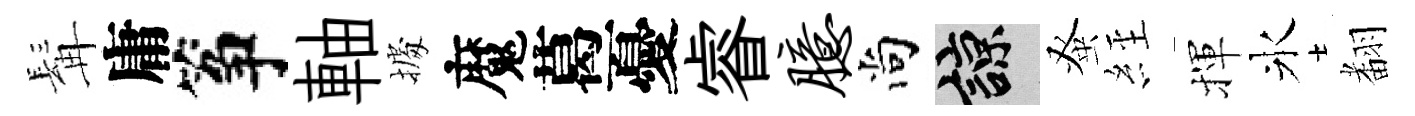
髯庸筝軸𢴃魔葛憂睿臆尚諒𫊫𦀇揮氷𮋒